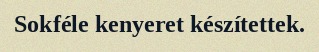
Sokféle kenyeret készítettek.